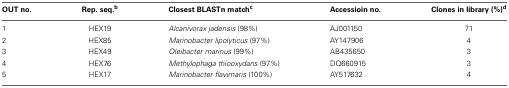
<table><thead><tr><td><b>OUT no.</b></td><td><b>Rep. seq.<sup>b</sup></b></td><td><b>Closest BLASTn match<sup>c</sup></b></td><td><b>Accessioin no.</b></td><td><b>Clones in library (%)<sup>d</sup></b></td></tr></thead><tbody><tr><td>1</td><td>HEX19</td><td><i>Alcanivorax jadensis</i> (98%)</td><td>AJ001150</td><td>71</td></tr><tr><td>2</td><td>HEX85</td><td><i>Marinobacter lipolyticus</i> (97%)</td><td>AY147906</td><td>4</td></tr><tr><td>3</td><td>HEX49</td><td><i>Oleibacter marinus</i> (99%)</td><td>AB435650</td><td>3</td></tr><tr><td>4</td><td>HEX76</td><td><i>Methylophaga thiooxydans</i> (97%)</td><td>DQ660915</td><td>3</td></tr><tr><td>5</td><td>HEX17</td><td><i>Marinobacter flavimaris</i> (100%)</td><td>AY517632</td><td>4</td></tr></tbody></table>